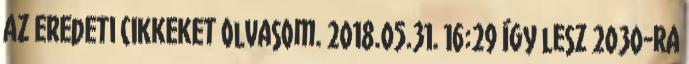
az eredeti cikkeket olvasom. 2018.05.31. 16:29 Így lesz 2030-ra